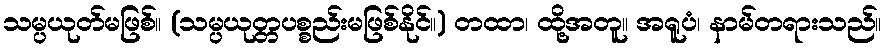
သမ္ပယုတ်မဖြစ်။ (သမ္ပယုတ္တပစ္စည်းမဖြစ်နိုင်။) တထာ၊ ထို့အတူ။ အရူပံ၊ နာမ်တရားသည်။